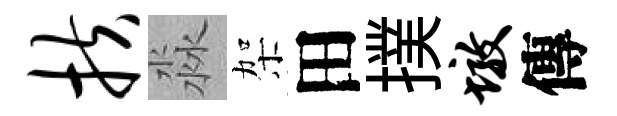
扶淼架田撲墩傳